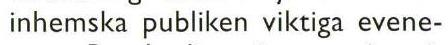
inhemska publiken viktiga evene-